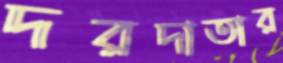
দরদাতার